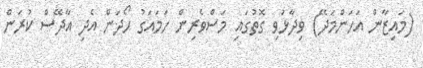
(މައިޒާން އަހަންމަދޭ) ވިދާޅުވި ގޮތުގައި މަސްވެރިން ހަމައަގު ހޯދަން އެދި އާދޭސް ކުރަން